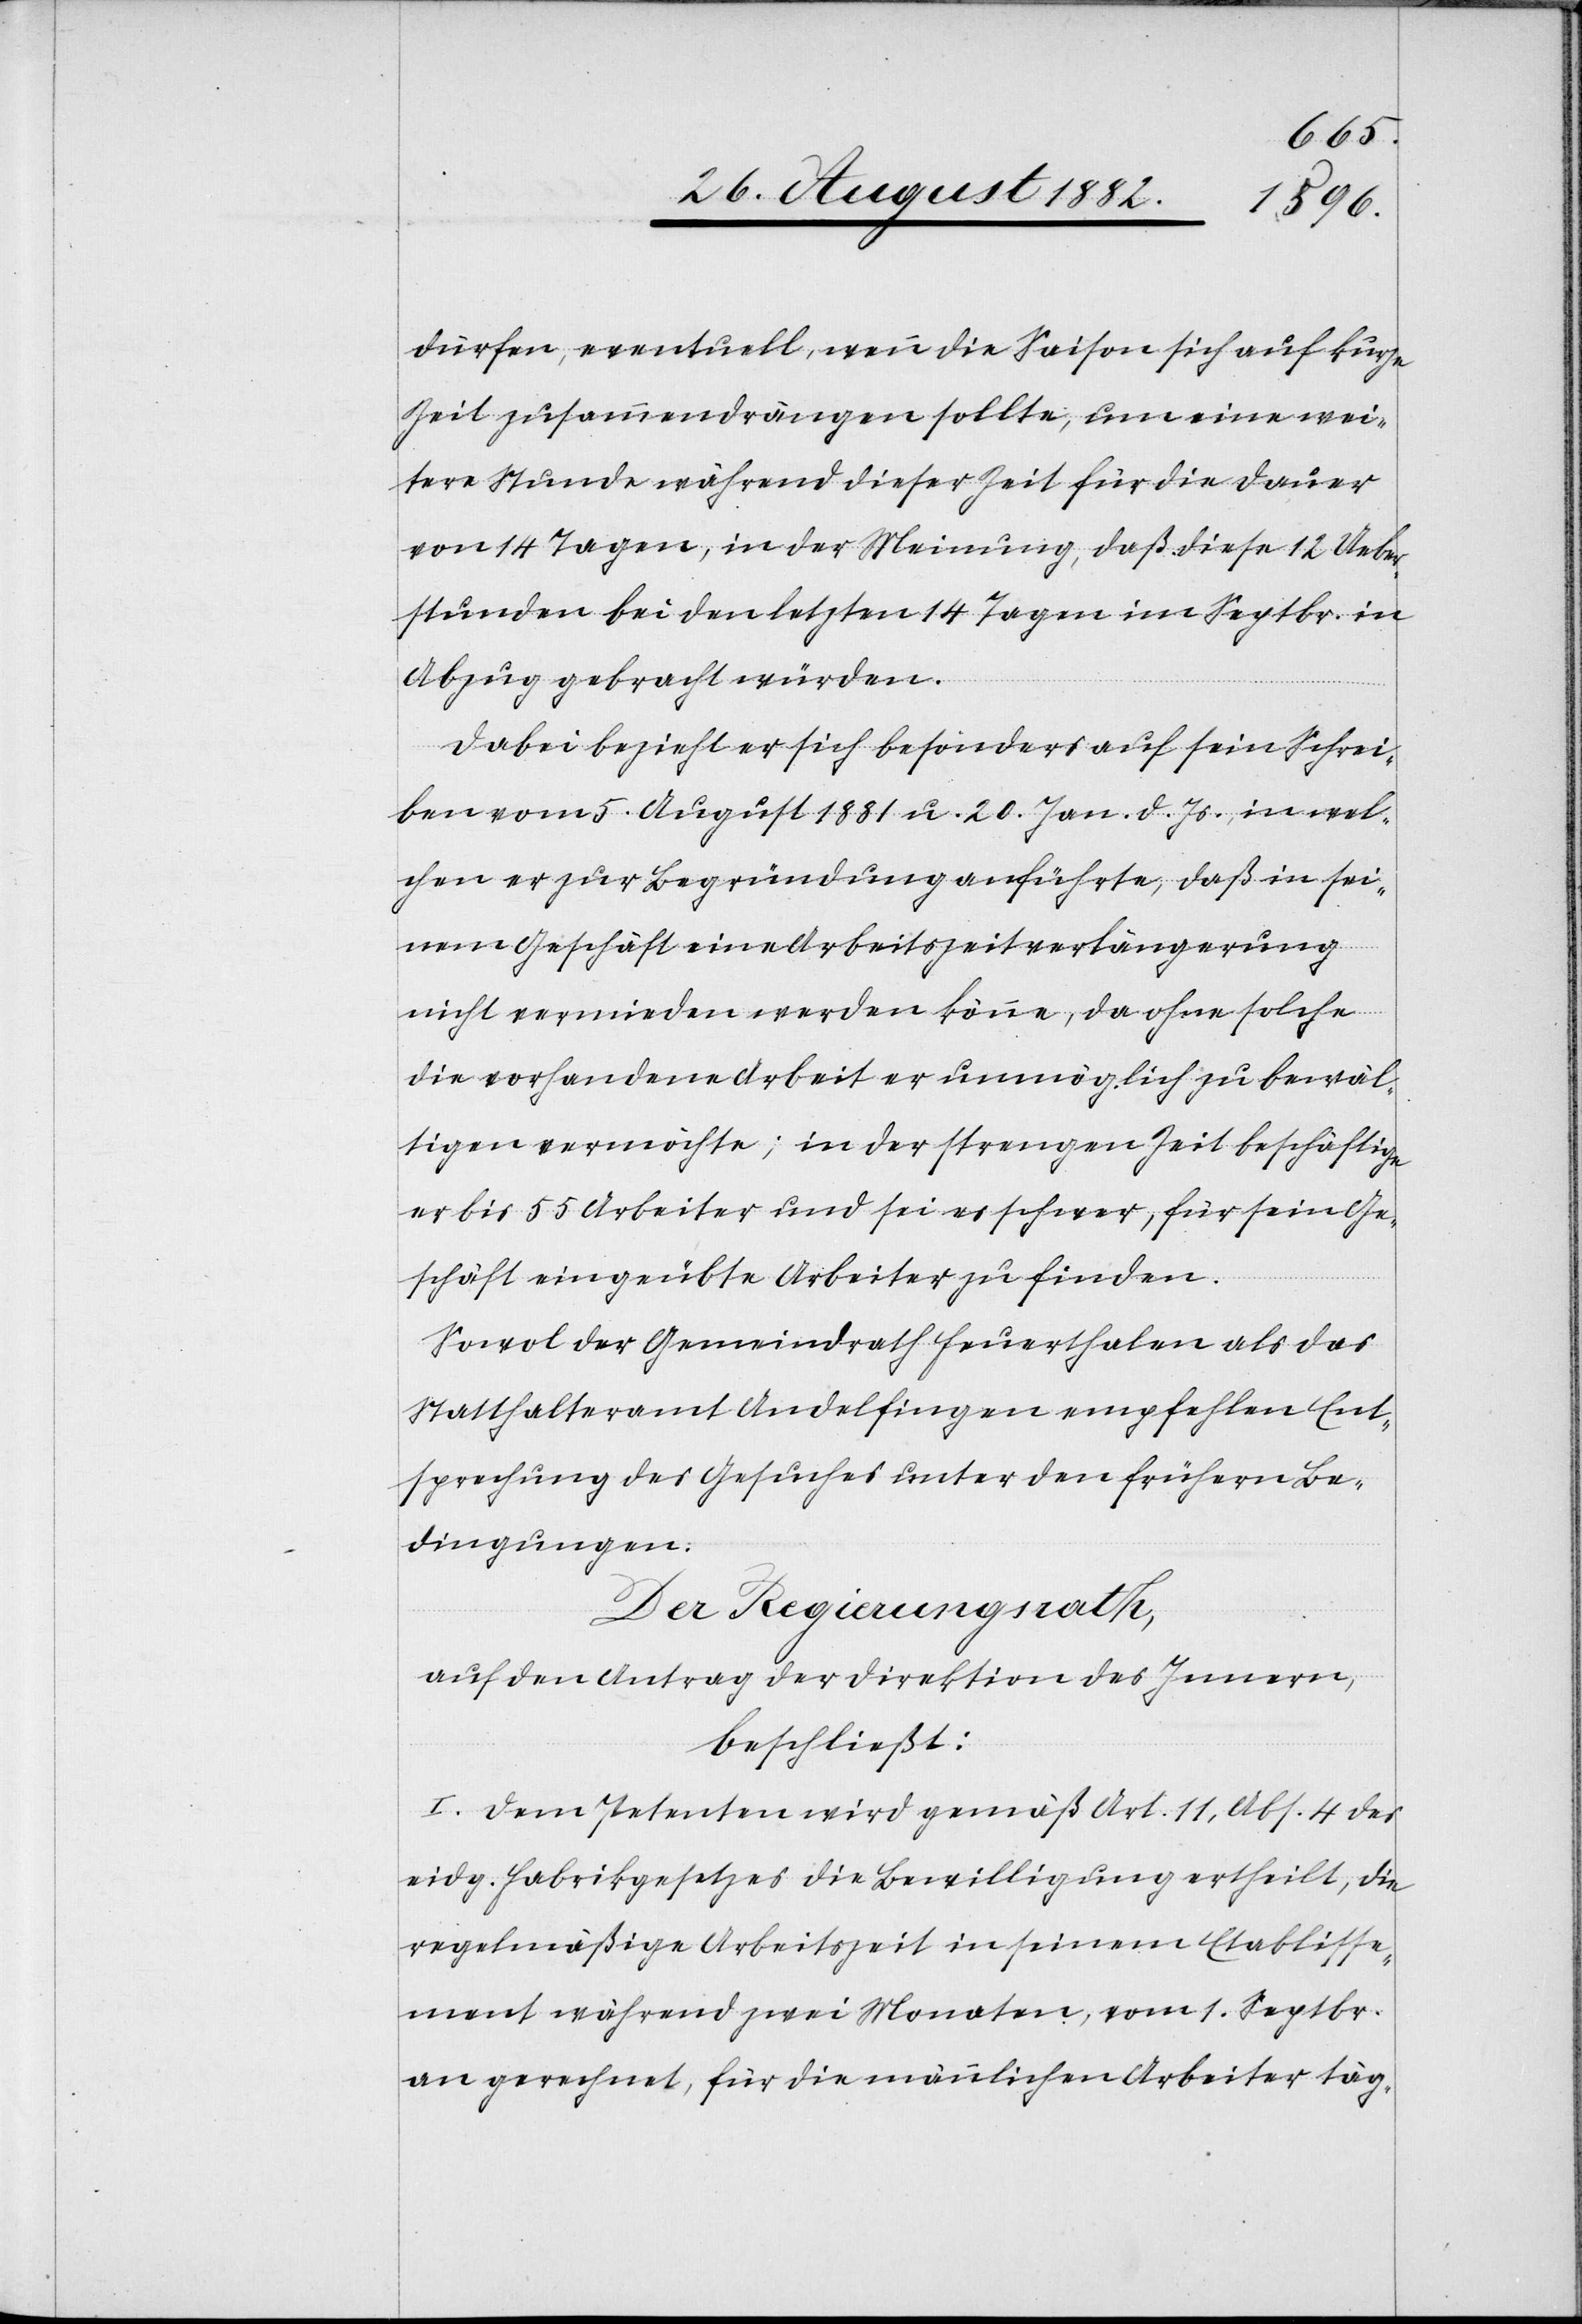
dürfen, eventuell, wenn die Saison sich auf kurze
Zeit zusammendrängen sollte, um eine wei¬
tere Stunde während dieser Zeit für die Dauer
von 14 Tagen, in der Meinung, daß diese 12 Ueber¬
stunden bei den letzten 14 Tagen im Septbr. in
Abzug gebracht würden.
Dabei bezieht er sich besonders auf sein Schrei¬
ben vom 5. August 1881 u. 20. Jan. d. Js., in wel¬
chen er zur Begründung anführte, daß in sei¬
nem Geschäft eine Arbeitszeitverlängerung
nicht vermieden werden könne, da ohne solche
die vorhandene Arbeit er unmöglich zu bewäl¬
tigen vermöchte; in der strengen Zeit beschäftige
er bis 55 Arbeiter und sei es schwer, für sein Ge¬
schäft eingeübte Arbeiter zu finden.
Sowol der Gemeindrath Feuerthalen als das
Statthalteramt Andelfingen empfehlen Ent¬
sprechung des Gesuches unter den frühern Be¬
dingungen.
Der Regierungsrath,
auf den Antrag der Direktion des Innern,
beschließt:
I. Dem Petenten wird gemäß Art. 11, Abs. 4 des
eidg. Fabrikgesetzes die Bewilligung ertheilt, die
regelmäßige Arbeitszeit in seinem Etablisse¬
ment während zwei Monaten, vom 1. Septbr.
an gerechnet, für die männlichen Arbeiter täg-